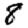
Digit: 8